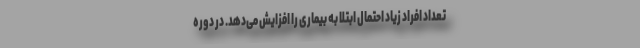
تعداد افراد زیاد احتمال ابتلا به بیماری را افزایش می‌دهد. در دوره